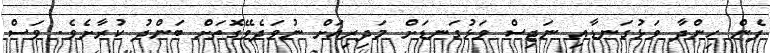
ފެން ހިންދާ ވަޅުގަނޑާއި ނަޖިސް ވަޅުގަނޑަށް މަދިރިއަށް ނުވަދެވޭގޮތަށް ބަންދު ކުރާށެވެ. ވަސް